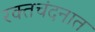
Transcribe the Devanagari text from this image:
रक्तचंदनात